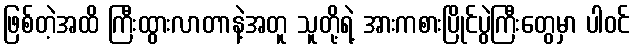
ဖြစ်တဲ့အထိ ကြီးထွားလာတာနဲ့အတူ သူတို့ရဲ့ အားကစားပြိုင်ပွဲကြီးတွေမှာ ပါဝင်